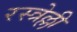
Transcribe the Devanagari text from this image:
रस्त्रेल्ली